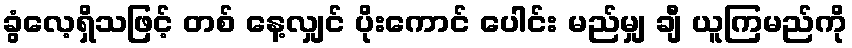
ခွံလေ့ရှိသဖြင့် တစ် နေ့လျှင် ပိုးကောင် ပေါင်း မည်မျှ ချီ ယူကြမည်ကို